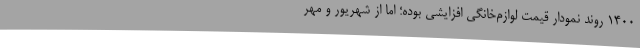
۱۴۰۰ روند نمودار قیمت لوازم‌خانگی افزایشی بوده؛ اما از شهریور و مهر